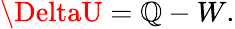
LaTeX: \DeltaU=\mathbb{Q}-W.